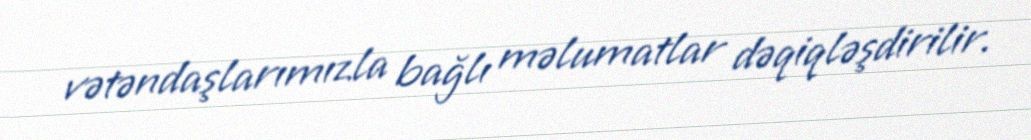
vətəndaşlarımızla bağlı məlumatlar dəqiqləşdirilir.